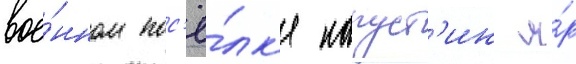
вое́нном пос'ё́лк'е капуст'ин я́р